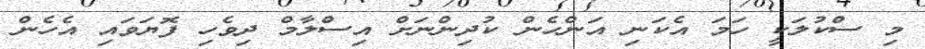
މި ސްކުލަކީ ހަމަ އެކަނި އަންހެން ކުދިންނަށް އިސްލާމް ދިވެހި ފޮޔަވައި އެހެން